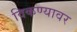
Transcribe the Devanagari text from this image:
विकण्यावर